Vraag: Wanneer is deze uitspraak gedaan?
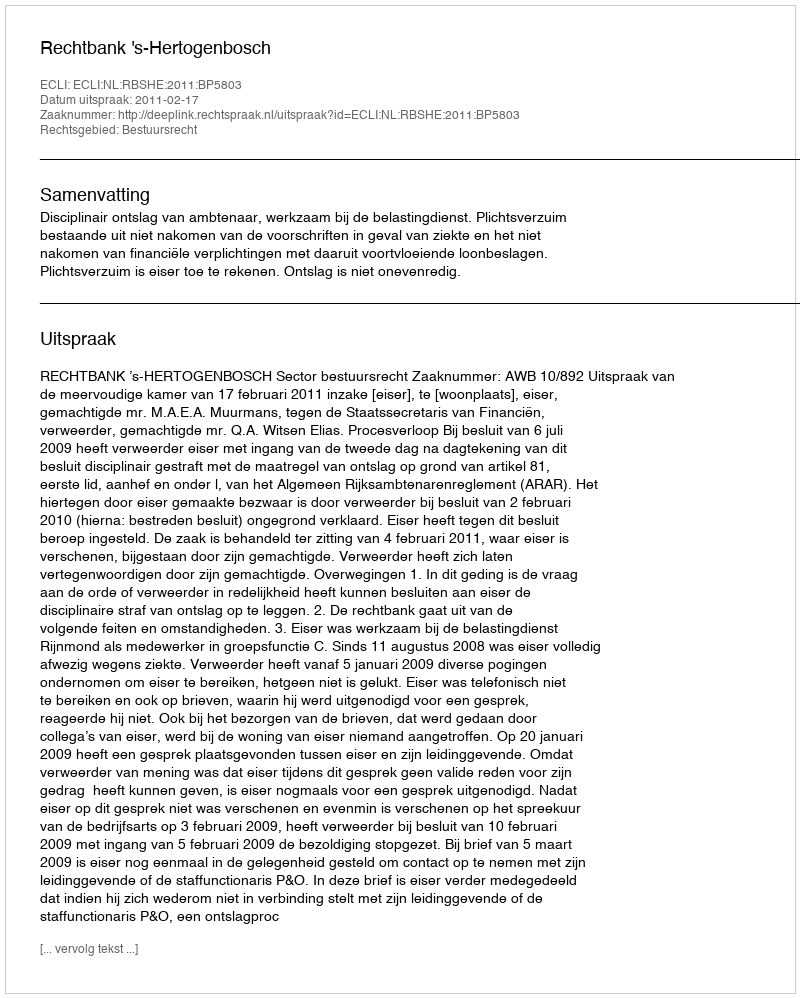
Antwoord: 2011-02-17